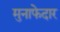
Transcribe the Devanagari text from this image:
मुनाफेदार